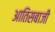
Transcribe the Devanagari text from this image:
आतिसबाजी